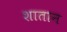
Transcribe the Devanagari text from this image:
शातान